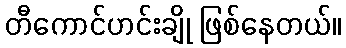
တီကောင်ဟင်းချို ဖြစ်နေတယ်။